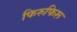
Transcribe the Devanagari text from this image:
फिरुफिरू